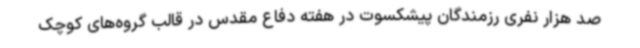
صد هزار نفری رزمندگان پیشکسوت در هفته دفاع مقدس در قالب گروه‌های کوچک